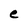
Character: e